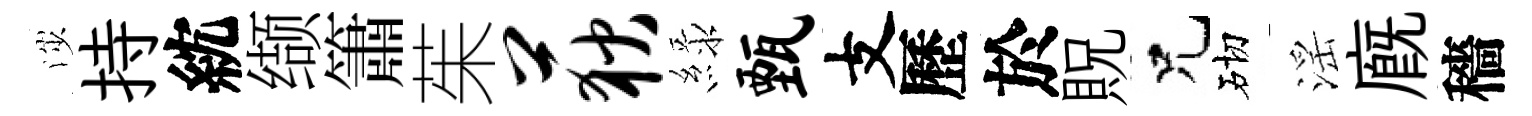
渉持紞缬簫茱荻緑甄支歷於貺兄砌滛廐穡